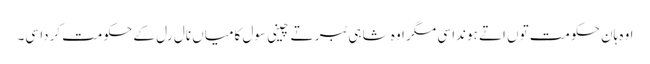
اوہ ہان حکومت توں اتے ہوندا سی مگر اوہ شاہی ٹبر تے چینی سول کامیاں نال رل کے حکومت کردا سی۔